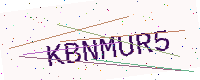
Text: KBNMUR5